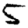
Digit: 5